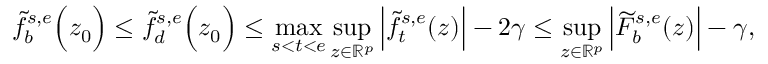
\widetilde { f } _ { b } ^ { s , e } \Big ( z _ { 0 } \Big ) \leq \widetilde { f } _ { d } ^ { s , e } \Big ( z _ { 0 } \Big ) \leq \operatorname* { m a x } _ { s < t < e } \operatorname* { s u p } _ { z \in \mathbb { R } ^ { p } } \Big | \widetilde { f } _ { t } ^ { s , e } ( z ) \Big | - 2 \gamma \leq \operatorname* { s u p } _ { z \in \mathbb { R } ^ { p } } \Big | \widetilde { F } _ { b } ^ { s , e } ( z ) \Big | - \gamma ,